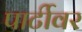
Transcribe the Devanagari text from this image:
पार्टीवर